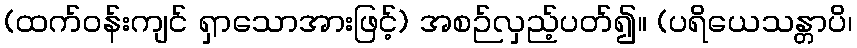
(ထက်ဝန်းကျင် ရှာသောအားဖြင့်) အစဉ်လှည့်ပတ်၍။ (ပရိယေသန္တာပိ၊